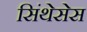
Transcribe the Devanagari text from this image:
सिंथेसेस